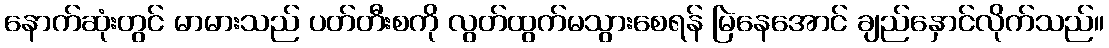
နောက်ဆုံးတွင် မာမားသည် ပတ်တီးစကို လွတ်ထွက်မသွားစေရန် မြဲနေအောင် ချည်နှောင်လိုက်သည်။